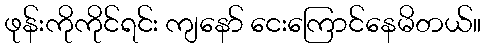
ဖုန်းကိုကိုင်ရင်း ကျနော် ငေးကြောင်နေမိတယ်။